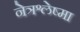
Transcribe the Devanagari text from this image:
नेत्रश्लेष्मा